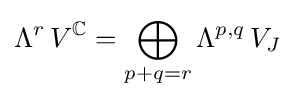
\Lambda ^{r}\,V^{\mathbb {C} }=\bigoplus _{p+q=r}\Lambda ^{p,q}\,V_{J}